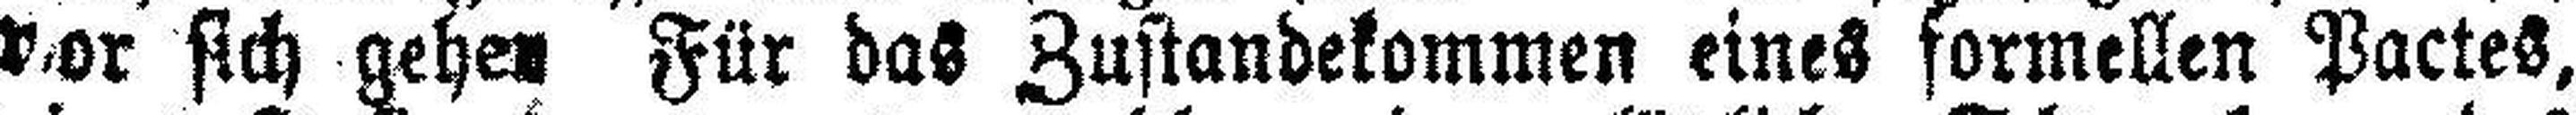
vor sich gehen Für das Zustandekommen eines formellen Pactes,